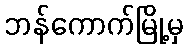
ဘန်ကောက်မြို့မှ